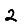
Digit: 2